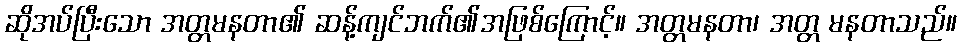
ဆိုအပ်ပြီးသော အတ္တမနတာ၏ ဆန့်ကျင်ဘက်၏အဖြစ်ကြောင့်။ အတ္တမနတာ၊ အတ္တ မနတာသည်။